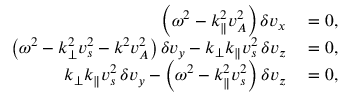
\begin{array} { r l } { \left( \omega ^ { 2 } - k _ { \parallel } ^ { 2 } v _ { A } ^ { 2 } \right) \delta v _ { x } } & { { } = 0 , } \\ { \left( \omega ^ { 2 } - k _ { \perp } ^ { 2 } v _ { s } ^ { 2 } - k ^ { 2 } v _ { A } ^ { 2 } \right) \delta v _ { y } - k _ { \perp } k _ { \parallel } v _ { s } ^ { 2 } \, \delta v _ { z } } & { { } = 0 , } \\ { k _ { \perp } k _ { \parallel } v _ { s } ^ { 2 } \, \delta v _ { y } - \left( \omega ^ { 2 } - k _ { \parallel } ^ { 2 } v _ { s } ^ { 2 } \right) \delta v _ { z } } & { { } = 0 , } \end{array}